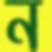
ন